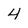
Character: 4